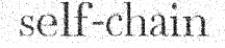
self-chain